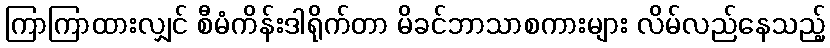
ကြာကြာထားလျှင် စီမံကိန်းဒါရိုက်တာ မိခင်ဘာသာစကားများ လိမ်လည်နေသည့်